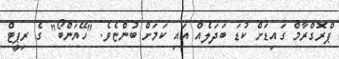
ޕްރޮގްރާމް ގައިޑަށް ކުޑަ ބަދަލެއް އައި ކަަމަށް ބުންޏެވެ. "ހޭޔަންބޯ" ގެ ރިޕީޓް